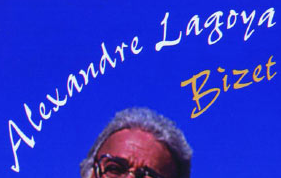
Alexandre Lagoya